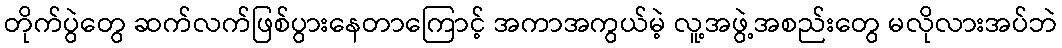
တိုက်ပွဲတွေ ဆက်လက်ဖြစ်ပွားနေတာကြောင့် အကာအကွယ်မဲ့ လူ့အဖွဲ့အစည်းတွေ မလိုလားအပ်ဘဲ